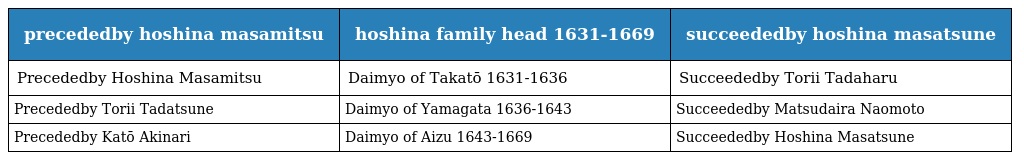
| precededby hoshina masamitsu | hoshina family head 1631-1669 | succeededby hoshina masatsune |
 | --- | --- | --- |
 | Precededby Hoshina Masamitsu | Daimyo of Takatō 1631-1636 | Succeededby Torii Tadaharu |
 | Precededby Torii Tadatsune | Daimyo of Yamagata 1636-1643 | Succeededby Matsudaira Naomoto |
 | Precededby Katō Akinari | Daimyo of Aizu 1643-1669 | Succeededby Hoshina Masatsune |